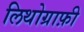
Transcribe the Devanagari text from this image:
लिथोग्राफ़ी